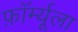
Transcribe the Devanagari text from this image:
फ़ॉर्म्यूला